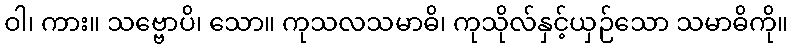
ဝါ၊ ကား။ သဗ္ဗောပိ၊ သော။ ကုသလသမာဓိ၊ ကုသိုလ်နှင့်ယှဉ်သော သမာဓိကို။